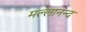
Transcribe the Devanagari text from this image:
मल्लानन्द